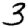
Digit: 3